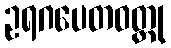
ဥရဂပေတဝတ္ထု